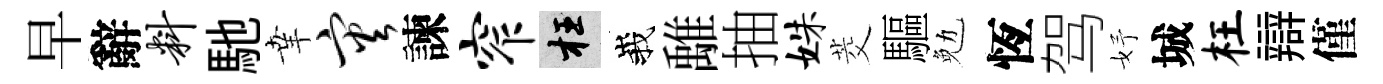
早辭料馳𦍒灾諫窄枉峩𩀌抽姝茭驅勉恆驾妤城枉辯僅